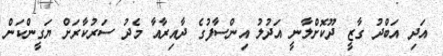
އަދި އަބްދު ގާޒީ ދޫކޮށްލާނީ އަދުލު އިންސާފުގެ ދާއިރާއާ މެދު ސަރުކާރަށް ޔަގީންކަން